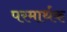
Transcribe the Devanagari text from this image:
परमार्थक